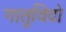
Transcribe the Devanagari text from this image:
गातुविदो